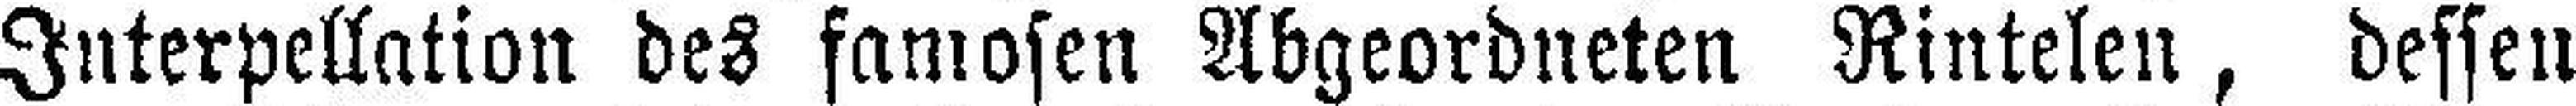
Interpellation des famosen Abgeordneten Rintelen, dessen